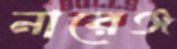
নারেঞ্জ